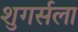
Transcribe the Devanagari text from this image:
शुगर्सला